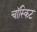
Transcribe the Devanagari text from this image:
चॉस्किट